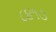
૮૪૧૩